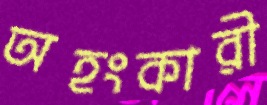
অহংকারী